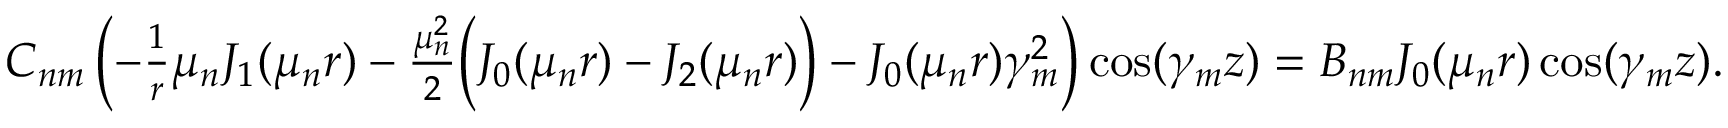
\begin{array} { r } { C _ { n m } \left( - \frac { 1 } { r } \mu _ { n } J _ { 1 } ( \mu _ { n } r ) - \frac { \mu _ { n } ^ { 2 } } { 2 } \Big ( J _ { 0 } ( \mu _ { n } r ) - J _ { 2 } ( \mu _ { n } r ) \Big ) - J _ { 0 } ( \mu _ { n } r ) \gamma _ { m } ^ { 2 } \right) \cos ( \gamma _ { m } z ) = B _ { n m } J _ { 0 } ( \mu _ { n } r ) \cos ( \gamma _ { m } z ) . } \end{array}